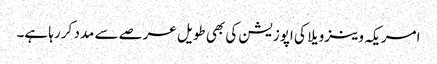
امریکہ وینزویلا کی اپوزیشن کی بھی طویل عرصے سے مدد کر رہا ہے۔